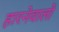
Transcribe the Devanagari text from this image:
हारनेवालों